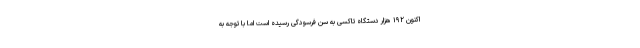
اکنون ۱۹۲ هزار دستگاه تاکسی به سن فرسودگی رسیده است اما با توجه به